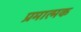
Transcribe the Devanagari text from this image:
प्रमात्मक